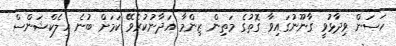
ހަސަން ވިދާޅުވީ ގާނޫނުގައިވާ ގޮތުގެ މަތިން ޒިންމާ އަދާނުކުރެވޭ ކަމަށް ބުނެ އިލެކްޝަންސް